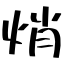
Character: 焇